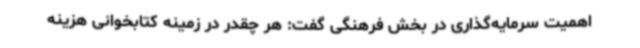
اهمیت سرمایه‌گذاری در بخش فرهنگی گفت: هر چقدر در زمینه کتابخوانی هزینه